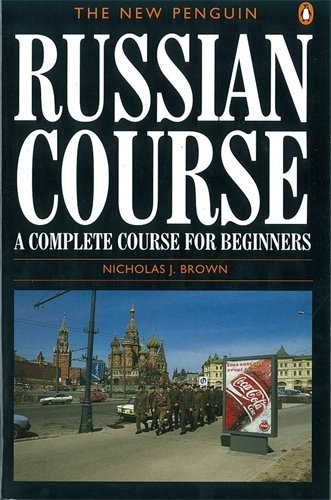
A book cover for The New Penguin Russian Course: A Complete Course for Beginners (Penguin Handbooks); Nicholas J. Brown; Reference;